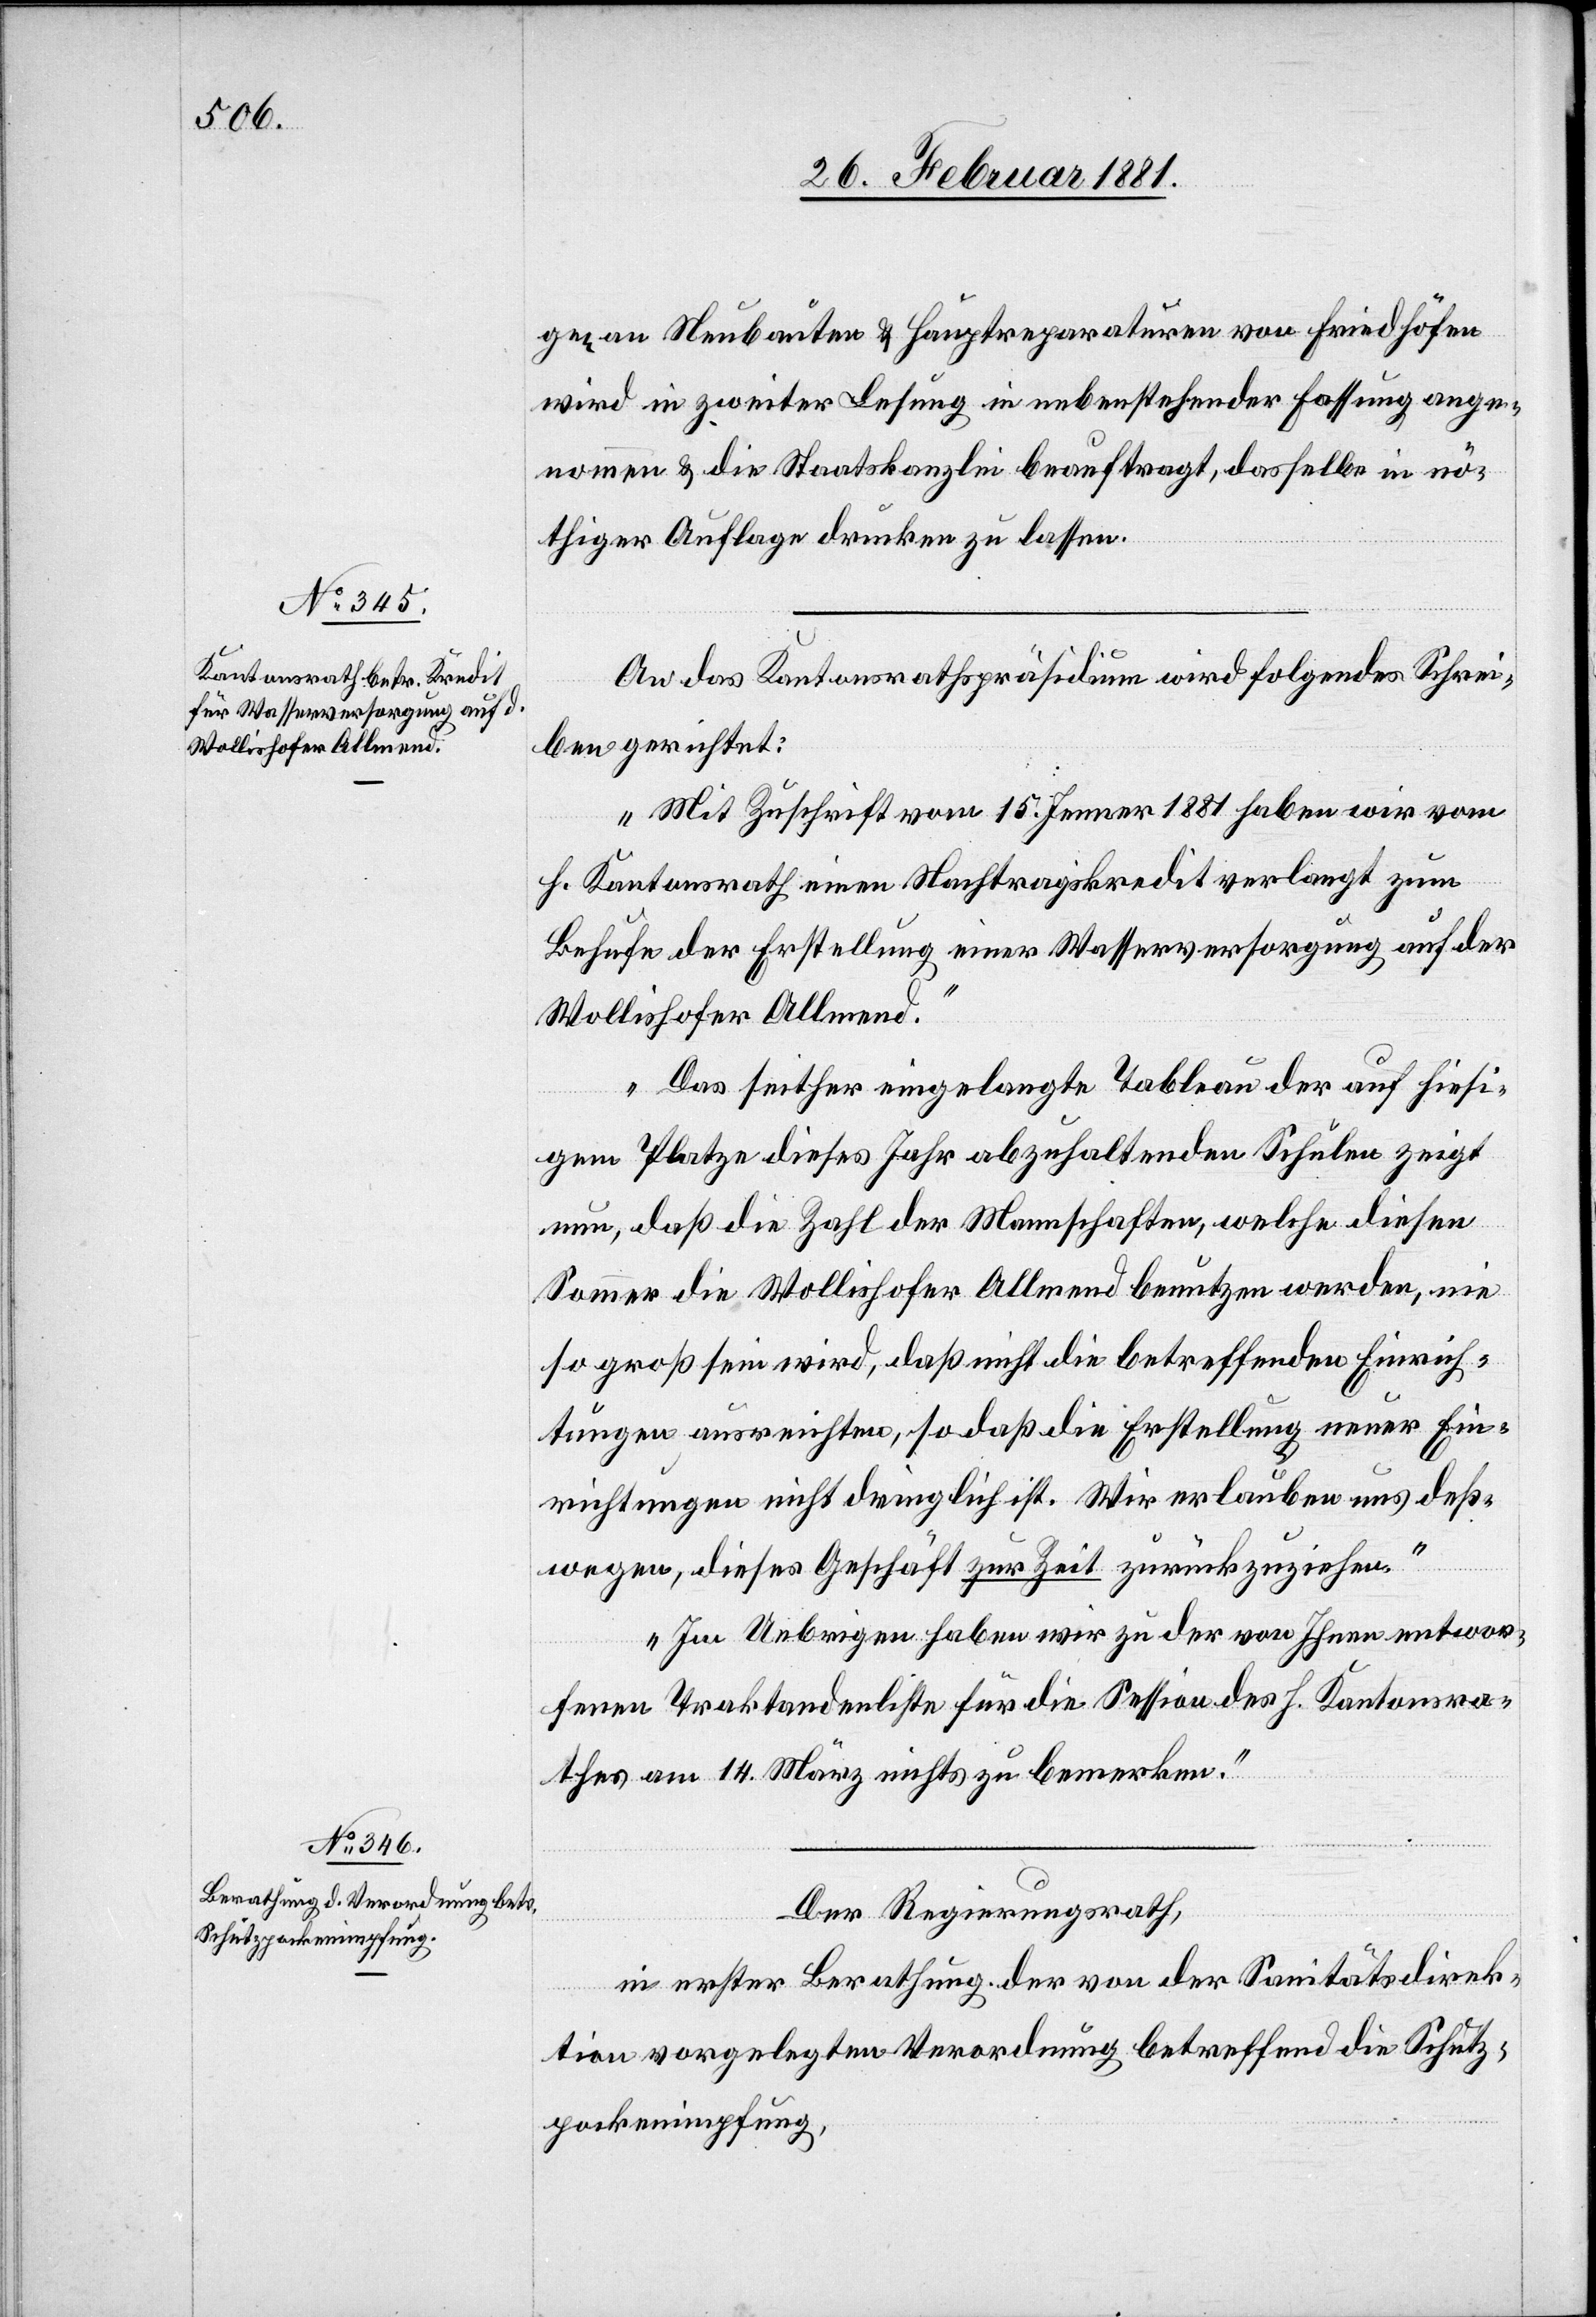
gen an Neubauten & Hauptreparaturen von Friedhöfen
wird in zweiter Lesung in nebenstehender Fassung ange¬
nommen & die Staatskanzlei beauftrag, dasselbe in nö¬
thiger Auflage drucken zu lassen.
An das Kantonsrathspräsidium wird folgendes Schrei¬
ben gerichtet:
„Mit Zuschrift vom 15. Jenner 1881 haben wir vom
h. Kantonsrath einen Nachtragskredit verlangt zum
Behufe der Erstellung einer Wasserversorgung auf der
Wollishofer Allmend.
Das seither eingelangte Tableau der auf hiesi¬
gem Platze dieses Jahr abzuhaltenden Schulen zeigt
nun, daß die Zahl der Mannschaften, welche diesen
Sommer die Wollishofer Allmend benutzen werden, nie
so groß sein wird, daß nicht die betreffenden Einrich¬
tungen ausreichten, so daß die Erstellung neuer Ein¬
richtungen nicht dringlich ist. Wir erlauben uns deß¬
wegen, dieses Geschäft zur Zeit zurückzuziehen.
Im Uebrigen haben wir zu der von Ihnen entwor¬
fenen Traktandenliste für die Session des h. Kantonsra¬
thes vom 14. März nichts zu bemerken.“
Der Regierungsrath,
in erster Berathung der von der Sanitätsdirek¬
tion vorgelegten Verordnung betreffend die Schutz¬
pockenimpfung,